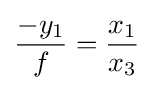
{\frac {-y_{1}}{f}}={\frac {x_{1}}{x_{3}}}